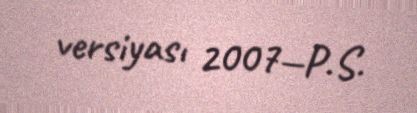
versiyası 2007—P.S.